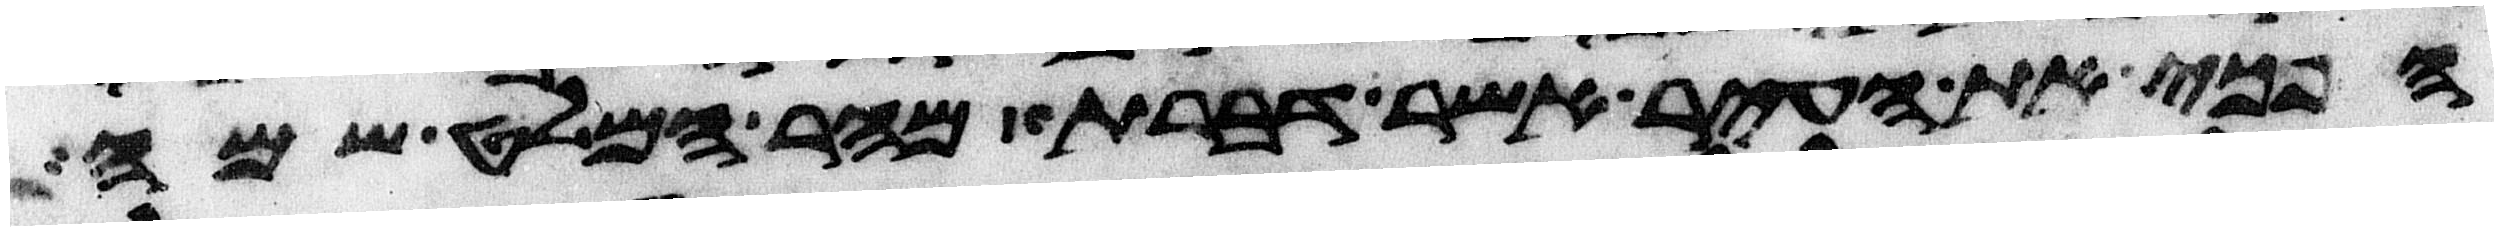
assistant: הפכי את העיר אשר דברת מהר המלט שמה